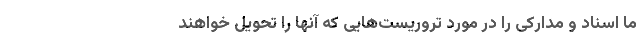
ما اسناد و مدارکی را در مورد تروریست‌هایی که آنها را تحویل خواهند